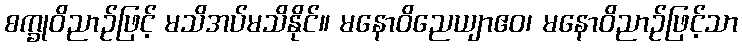
စက္ခုဝိညာဉ်ဖြင့် မသိအပ်မသိနိုင်။ မနောဝိညေယျာဧဝ၊ မနောဝိညာဉ်ဖြင့်သာ